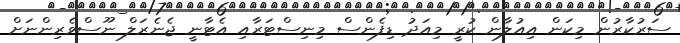
ސަރުކާރުން މިކަން އިއުލާން ކުރީ މިއަދު ޑިފެންސް މިނިސްޓަރާއި އެޓާނީ ޖެނެރަލް ނޫސްވެރިންނަށް